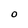
Character: O